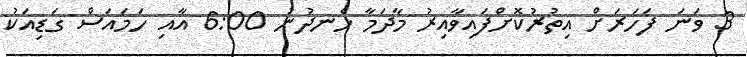
3 ވަނަ ފަހަރަށް އިތުރުކޮށްފައިވާއިރު މާދަމާ ހެނދުނު 6:00 އާއި ހަމައަސް ގަޑިއަކު